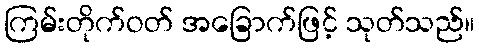
ကြမ်းတိုက်ဝတ် အခြောက်ဖြင့် သုတ်သည်။